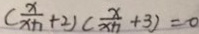
( \frac { x } { x + 1 } + 2 ) ( \frac { x } { x + 1 } + 3 ) = 0